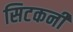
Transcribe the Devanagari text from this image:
सिटकनी